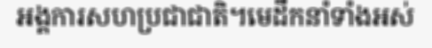
អង្គការសហប្រជាជាតិ។មេដឹកនាំទាំងអស់